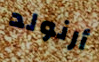
أرنولد